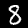
Digit: 8